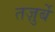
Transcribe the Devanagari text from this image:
तज़ुर्बे